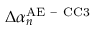
\Delta \alpha _ { n } ^ { \mathrm { A E \mathrm { ~ - ~ } C C 3 } }